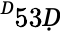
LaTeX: ^Ḋ53Ḍ